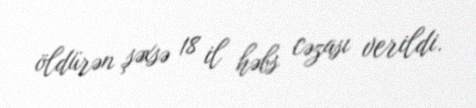
öldürən şəxsə 18 il həbs cəzası verildi.